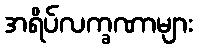
အရိပ်လက္ခဏာများ